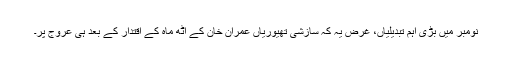
نومبر میں بڑی اہم تبدیلیاں، غرض یہ کہ سازشی تھیوریاں عمران خان کے آٹھ ماہ کے اقتدار کے بعد ہی عروج پر۔